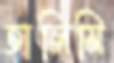
তালিমি